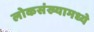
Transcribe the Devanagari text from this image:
लोकसंख्यामध्ये